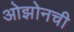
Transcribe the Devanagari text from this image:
ओझोनची